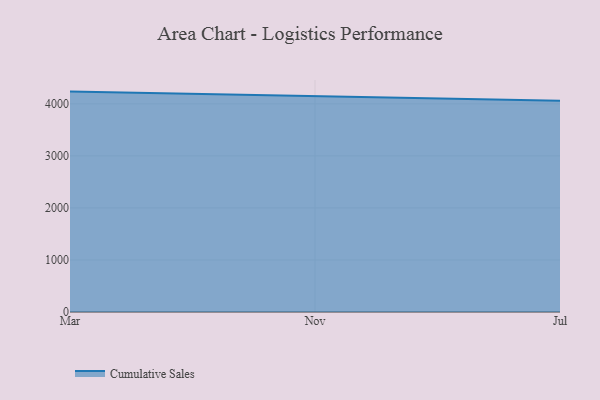
{"axis": {"x": "Month", "y": "Latency (ms)"}, "legend": ["Cumulative Sales"], "data": [{"x": "Mar", "y": 4235.3, "type": "Cumulative Sales"}, {"x": "Nov", "y": 4141.4, "type": "Cumulative Sales"}, {"x": "Jul", "y": 4058.0, "type": "Cumulative Sales"}]}